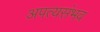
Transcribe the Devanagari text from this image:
अपत्यसंभव